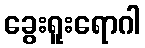
ခွေးရူးရောဂါ